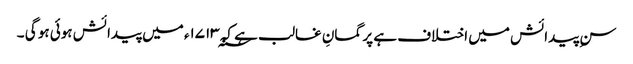
سنِ پیدائش میں اختلاف ہے پر گمانِ غالب ہے کہ ۱۷۱۳؁ء میں پیدائش ہوئی ہو گی ۔